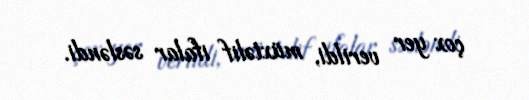
çox yer verildi, müxtəlif ifalar səsləndi.